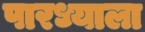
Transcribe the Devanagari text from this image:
पारध्याला